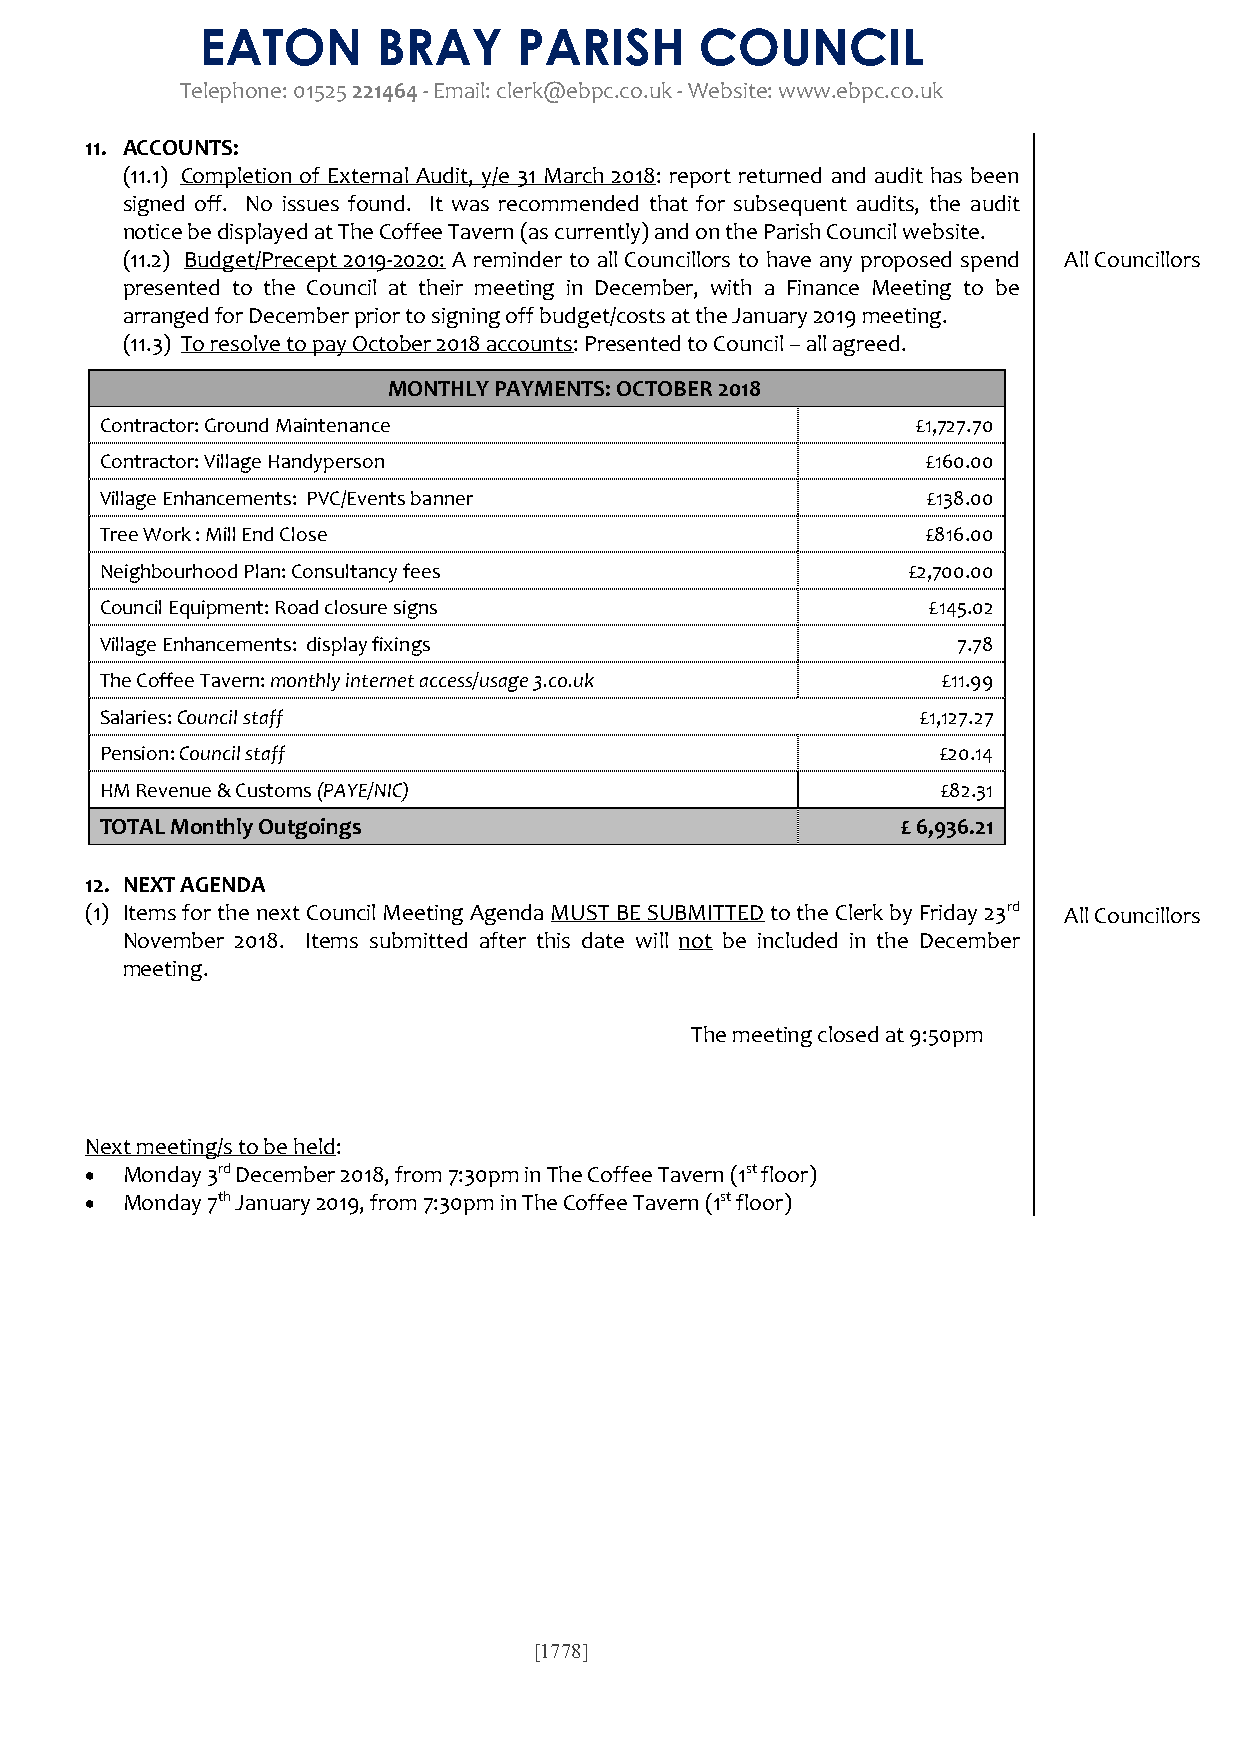
EATON       BRAY     PARISH      COUNCIL
 Telephone: 01525 221464 - Email: clerk@ebpc.co.uk - Website: www.ebpc.co.uk
 11. ACCOUNTS:
 (11.1) Completion of External Audit, y/e 31 March 2018: report returned and audit has been
 signed off. No issues found. It was recommended that for subsequent audits, the audit
 notice be displayed at The Coffee Tavern (as currently) and on the Parish Council website.
 (11.2) Budget/Precept 2019-2020: A reminder to all Councillors to have any proposed spend All Councillors
 presented to the Council at their meeting in December, with a Finance Meeting to be
 arranged for December prior to signing off budget/costs at the January 2019 meeting.
 (11.3) To resolve to pay October 2018 accounts: Presented to Council – all agreed.
 MONTHLY PAYMENTS: OCTOBER 2018
 Contractor: Ground Maintenance                        £1,727.70
 Contractor: Village Handyperson                       £160.00
 Village Enhancements: PVC/Events banner               £138.00
 Tree Work : Mill End Close                            £816.00
 Neighbourhood Plan: Consultancy fees                 £2,700.00
 Council Equipment: Road closure signs                 £145.02
 Village Enhancements: display fixings                   7.78
 The Coffee Tavern: monthly internet access/usage 3.co.uk £11.99
 Salaries: Council staff                               £1,127.27
 Pension: Council staff                                 £20.14
 HM Revenue & Customs (PAYE/NIC)                        £82.31
 TOTAL Monthly Outgoings                              £ 6,936.21
 12. NEXT AGENDA
 (1) Items for the next Council Meeting Agenda MUST BE SUBMITTED to the Clerk by Friday 23rd All Councillors
 November 2018. Items submitted after this date will not be included in the December
 meeting.
 The meeting closed at 9:50pm
 Next meeting/s to be held:
  Monday 3rd December 2018, from 7:30pm in The Coffee Tavern (1st floor)
  Monday 7th January 2019, from 7:30pm in The Coffee Tavern (1st floor)
 [1778]